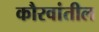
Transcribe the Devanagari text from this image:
कौरवांतील